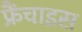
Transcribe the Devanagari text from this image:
फ्रैंचाइस